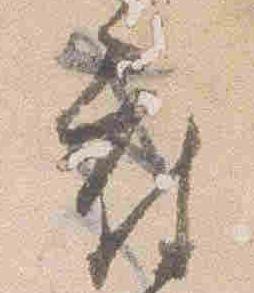
府